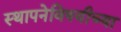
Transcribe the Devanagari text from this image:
स्थापनेविषयीच्या